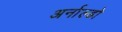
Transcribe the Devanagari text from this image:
अर्नाल्डो